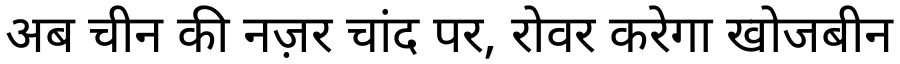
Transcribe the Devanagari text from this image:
अब चीन की नज़र चांद पर, रोवर करेगा खोजबीन